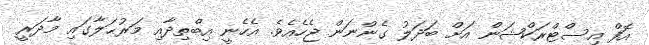
އޮފް އިސްޓްރަކްޝަން އަށް ބަދަލު ގެންނަން ޖެހެއެވެ. އެހެނީ އިބްތިދާއި މަރުޙަލާގައި މާދަރީ